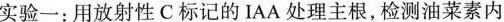
实验一：用放射性C标记的IAA处理主根，检测油菜素内